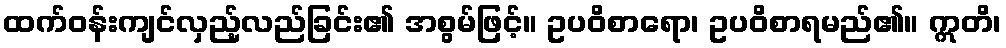
ထက်ဝန်းကျင်လှည့်လည်ခြင်း၏ အစွမ်ဖြင့်။ ဥပဝိစာရော၊ ဥပဝိစာရမည်၏။ ဣတိ၊